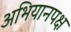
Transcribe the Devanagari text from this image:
अभियानपक्ष